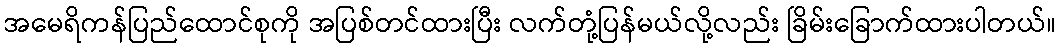
အမေရိကန်ပြည်ထောင်စုကို အပြစ်တင်ထားပြီး လက်တုံ့ပြန်မယ်လို့လည်း ခြိမ်းခြောက်ထားပါတယ်။